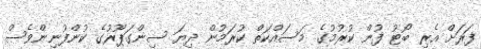
ފަރަށް އެރި ބޯޓު ފުން ކުރުމުގެ މަސައްކަތް ކުރަމުން ދިޔަ ސިންގަޕޫރުގެ ކުންފުނިންވެސް